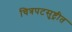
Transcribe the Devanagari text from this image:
चित्रपटसुष्ट्रीत